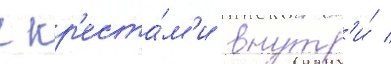
с кр'еста́м'и внутр'и́ /